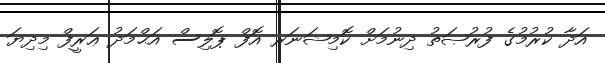
އަދާ ކުރުމުގެ ފުރުޞަތު ދިނުމަށް ކޮމިޝަނަރ އޮފް ޕޮލިސް އަޙްމަދު ޢަރީފް މިދިޔަ